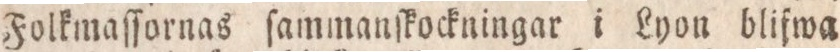
Folkmaſſornas ſammanſkockningar i Lyon blifwa